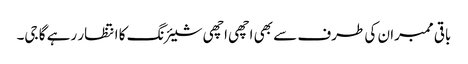
باقی ممبران کی طرف سے بھی اچھی اچھی شیئرنگ کا انتظار رہے گا جی۔